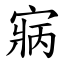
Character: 寎